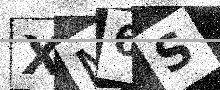
Text: XM6S